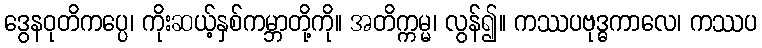
ဒွေနဝုတိကပ္ပေ၊ ကိုးဆယ့်နှစ်ကမ္ဘာတို့ကို။ အတိက္ကမ္မ၊ လွန်၍။ ကဿပဗုဒ္ဓကာလေ၊ ကဿပ